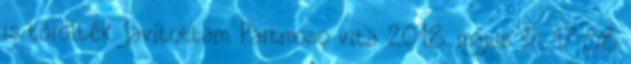
is törölték. Javítottam. Partmoso vita 2018. május 9., 17:58